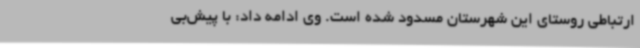
ارتباطی روستای این شهرستان مسدود شده است. وی ادامه داد: با پیش‌بی